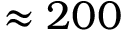
\approx 2 0 0